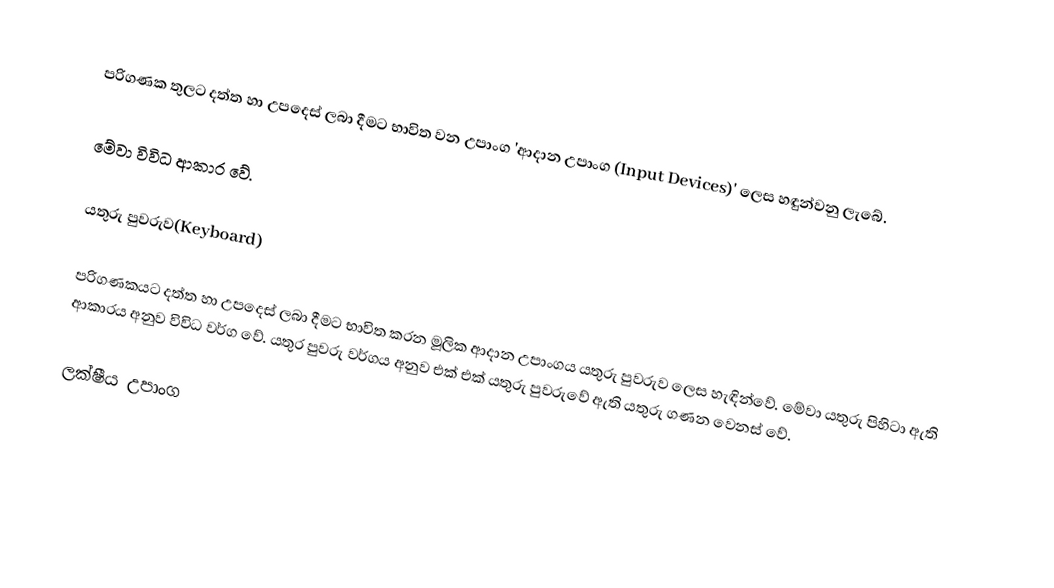
පරිගණක තුලට දත්ත හා උපදෙස් ලබා දීමට භාවිත වන උපාංග 'ආදාන උපාංග (Input Devices)' ලෙස හඳුන්වනු ලැබේ.

මේවා විවිධ ආකාර වේ.

යතුරු පුවරුව(Keyboard)

පරිගණකයට දත්ත හා උපදෙස් ලබා දීමට භාවිත කරන මූලික ආදාන උපාංගය යතුරු පුවරුව ලෙස හැඳින්වේ. මේවා යතුරු පිහිටා ඇති ආකාරය අනුව විවිධ වර්ග වේ. යතුර පුවරු වර්ගය අනුව එක් එක් යතුරු පුවරුවේ ඇති යතුරු ගණන වෙනස් වේ.

ලක්ෂීය උපාංග